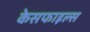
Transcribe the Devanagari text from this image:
केसफाइल्स